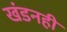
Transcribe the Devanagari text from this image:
खंडनही